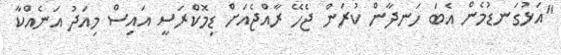
"އަޅުގަނޑުމެން އެބަ ހަނދާން ކުރަން ޖެހޭ ރާއްޖެއަށް ޑިމޮކްރަސީ އައިސް މިއަދު އަނެއްކާ